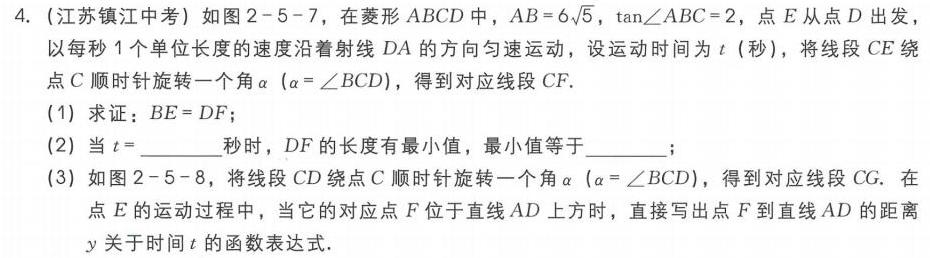
4. (江苏镇江中考) 如图2 - 5 - 7，在菱形\(ABCD\)中，\(AB = 6\sqrt{5}\)，\(\tan\angle ABC = 2\)，\(E\)从点\(D\)出发，
以每秒\(1\)个单位长度的速度沿着射线\(DA\)的方向匀速运动，设运动时间为\(t\)（秒），将线段\(CE\)绕
点\(C\)顺时针旋转一个角\(\alpha\) (\(\alpha=\angle BCD\))，得到对应线段\(CF\).
(1) 求证：\(BE = DF\)；
(2) 当\(t =\)________秒时，\(DF\)的长度有最小值，最小值等于________；
(3) 如图2 - 5 - 8，将线段\(CD\)绕点\(C\)顺时针旋转一个角\(\alpha\) (\(\alpha=\angle BCD\))，得到对应线段\(CG\). 在
点\(E\)的运动过程中，当它的对应点\(F\)位于直线\(AD\)上方时，直接写出点\(F\)到直线\(AD\)的距离
\(y\)关于时间\(t\)的函数表达式.